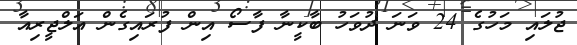
ޖުލައި މަހުގެ 24 ވަނަ ދުވަހު ބާކީނާ ފާސޯ އިން ފުރައިގެން އަލްޖީރިއާ